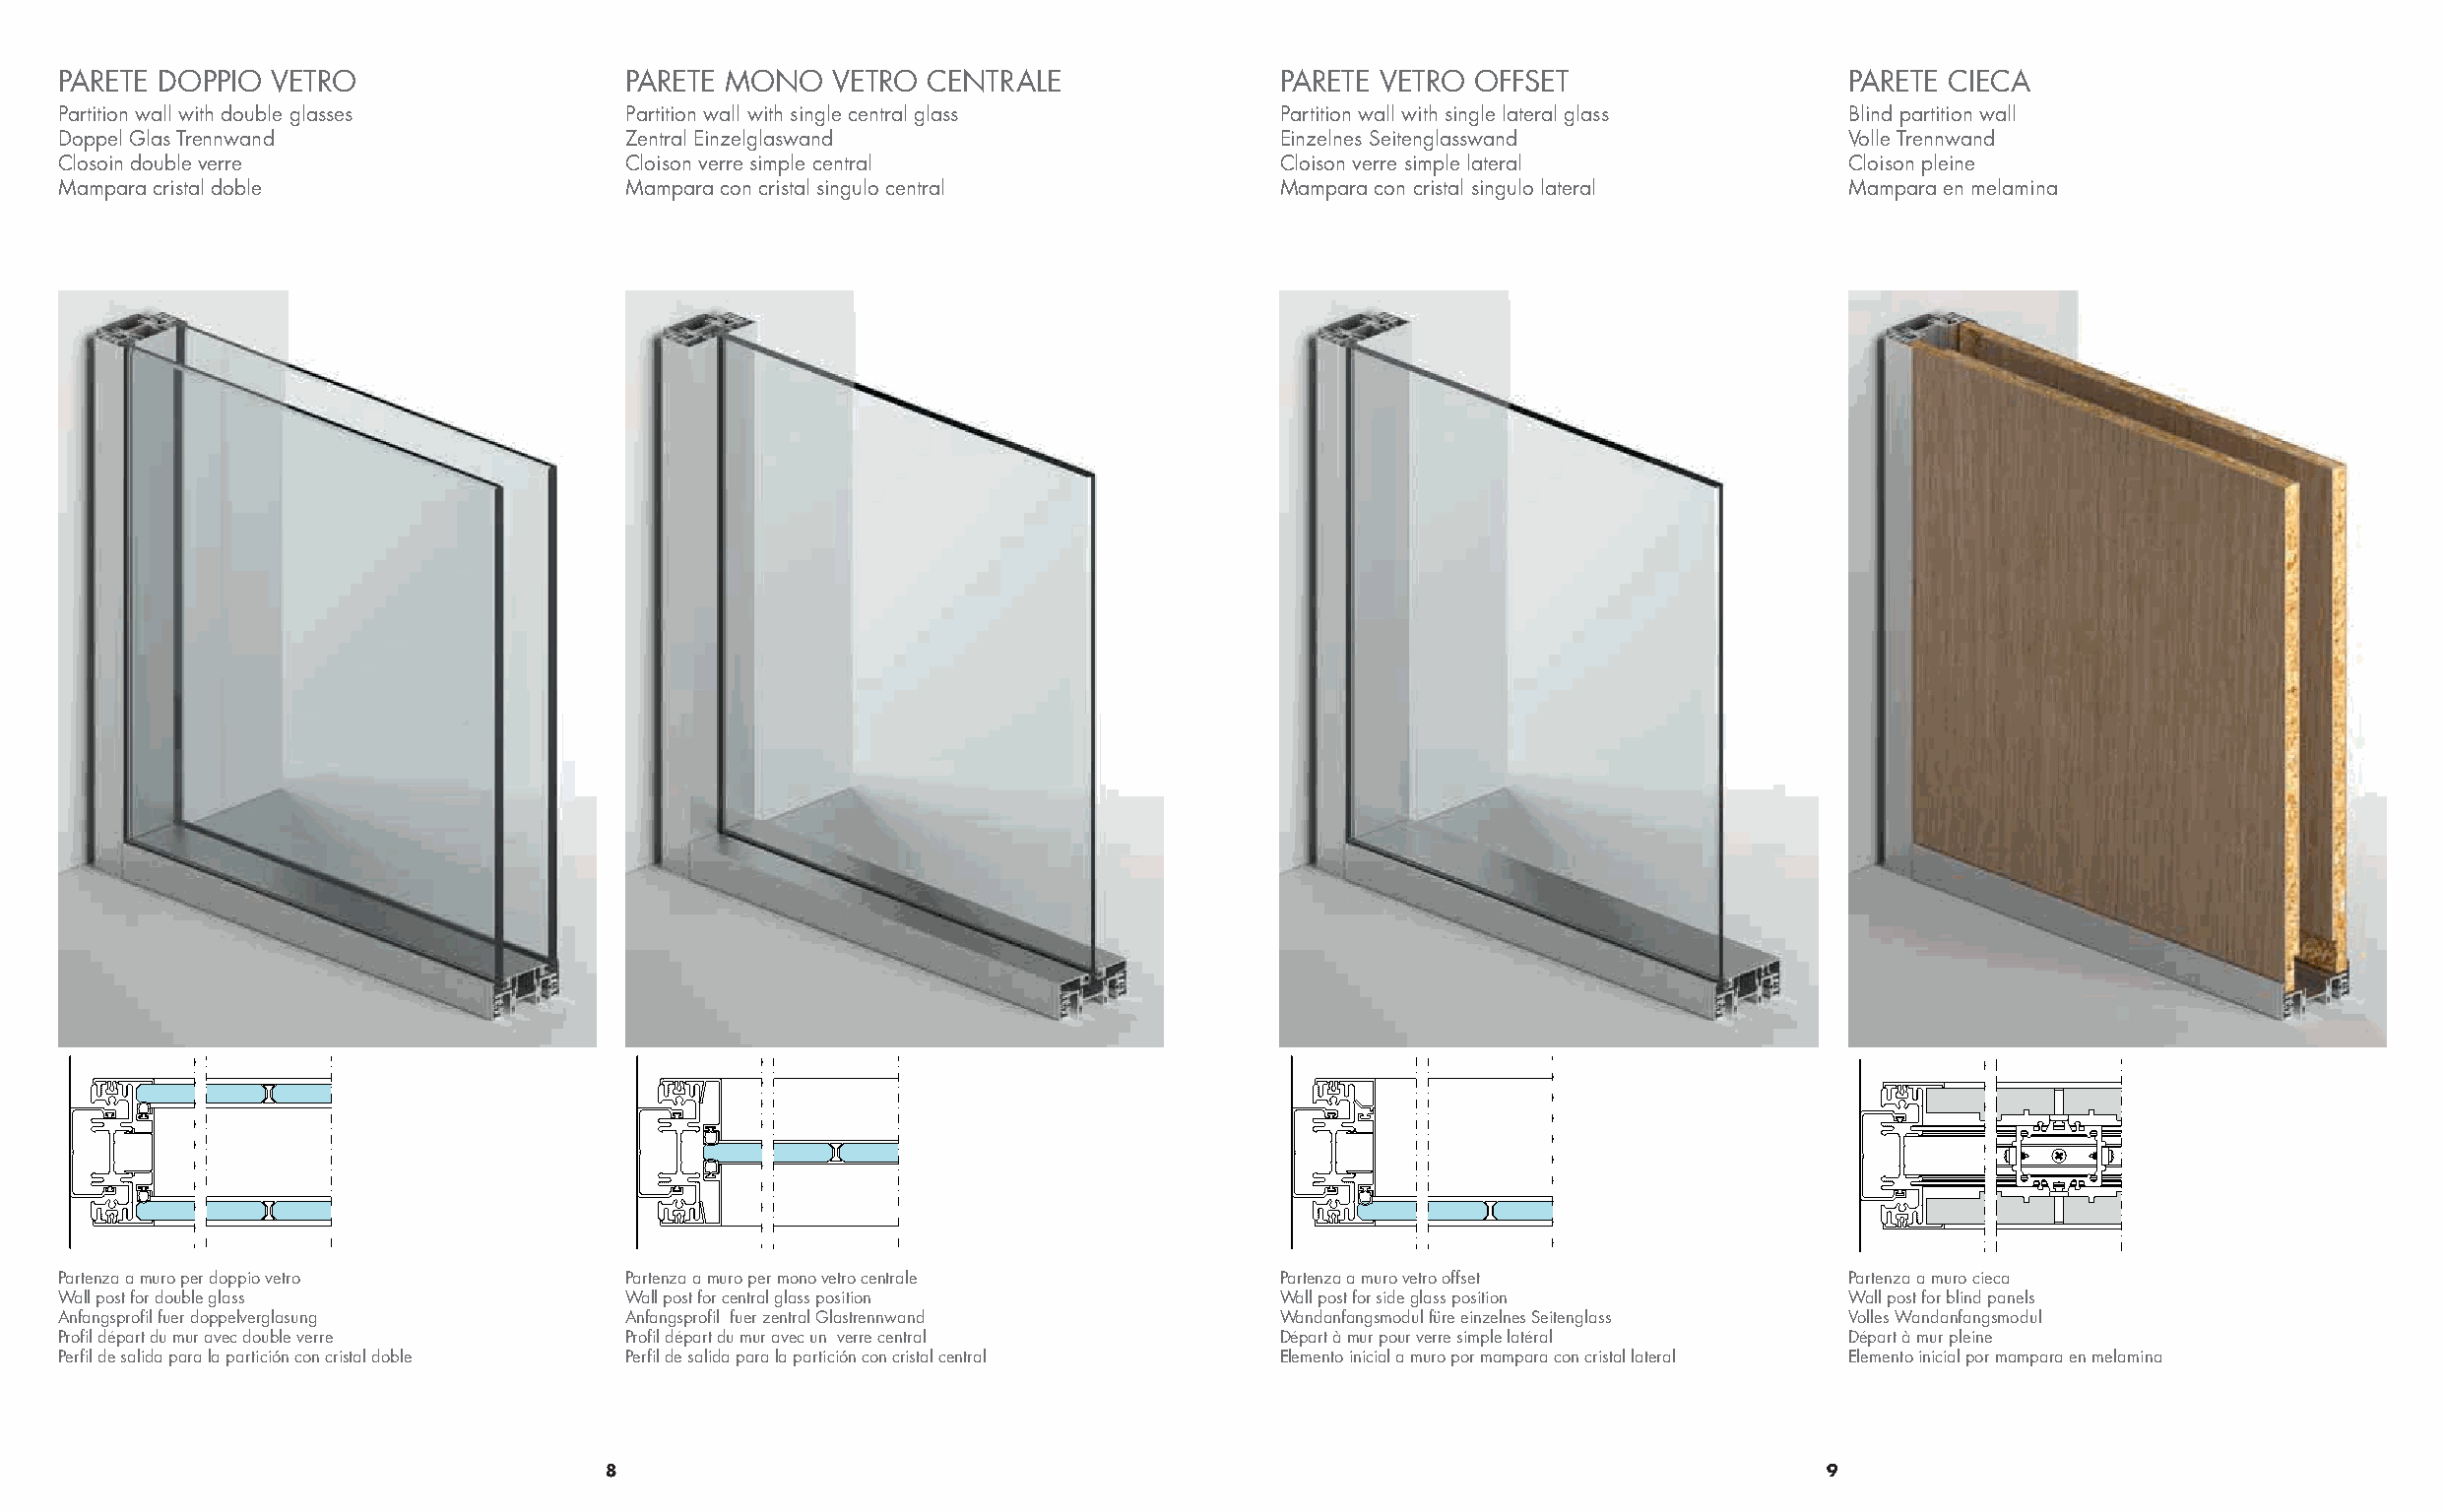
PARETE DOPPIO VETRO                   PARETE MONO   VETRO CENTRALE                PARETE VETRO OFFSET                   PARETE CIECA
 Partition wall with double glasses    Partition wall with single central glass    Partition wall with single lateral glass Blind partition wall
 Doppel Glas Trennwand                 Zentral Einzelglaswand                      Einzelnes Seitenglasswand             Volle Trennwand
 Closoin double verre                  Cloison verre simple central                Cloison verre simple lateral          Cloison pleine
 Mampara cristal doble                 Mampara con cristal singulo central         Mampara con cristal singulo lateral   Mampara en melamina
 Partenza a muro per doppio vetro      Partenza a muro per mono vetro centrale     Partenza a muro vetro offset          Partenza a muro cieca
 Wall post for double glass            Wall post for central glass position        Wall post for side glass position     Wall post for blind panels
 Anfangsprofil fuer doppelverglasung   Anfangsprofil fuer zentral Glastrennwand    Wandanfangsmodul füre einzelnes Seitenglass Volles Wandanfangsmodul
 Profil départ du mur avec double verre Profil départ du mur avec un verre central Départ à mur pour verre simple latéral Départ à mur pleine
 Perfil de salida para la partición con cristal doble Perfil de salida para la partición con cristal central Elemento inicial a muro por mampara con cristal lateral Elemento inicial por mampara en melamina
 8                                                                                 9